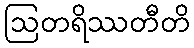
ဩတရိဿတီတိ